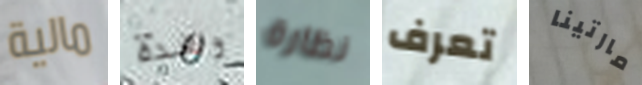
مالية وهذة نظارة تعرف مارتينا